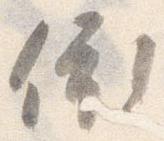
依